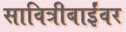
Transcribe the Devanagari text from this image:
सावित्रीबाईंवर